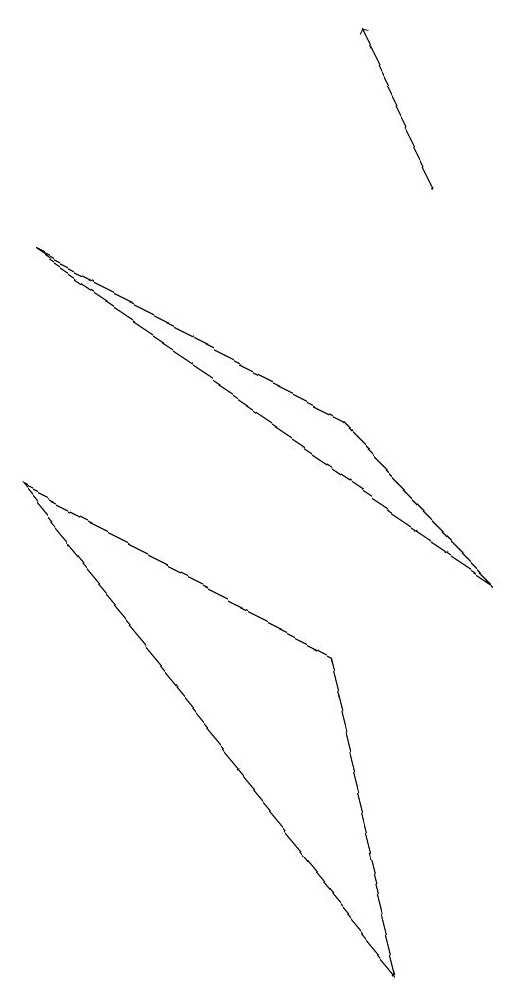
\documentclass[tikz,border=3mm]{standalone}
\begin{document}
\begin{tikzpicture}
\draw (7,0) -- (2,6) -- (6,4) -- cycle;
\draw[->] (7,10) -- (6,12);
\draw (8,5) -- (6,7) -- (2,9) -- cycle;
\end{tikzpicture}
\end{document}